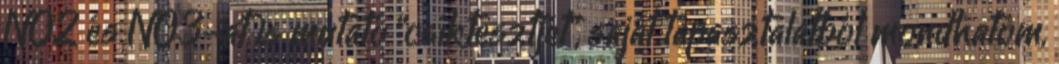
NO2 és NO3-at is mutató “csíktesztjét”, saját tapasztalatból mondhatom,